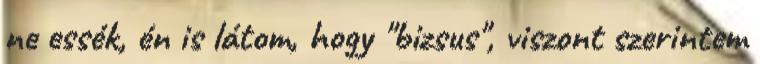
ne essék, én is látom, hogy "bizsus", viszont szerintem